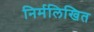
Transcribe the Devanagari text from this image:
निर्मलिखित